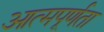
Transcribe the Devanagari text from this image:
आत्मपूर्णता